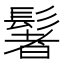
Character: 䰇